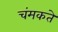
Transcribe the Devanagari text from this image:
चंमकते